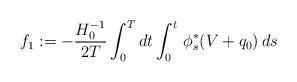
LaTeX: \begin{align*}f_1:= -\frac{H_0^{-1}}{2T}\int_0^{T}dt \int_0^t\, \phi_s^*( V+q_0)\,ds\end{align*}